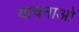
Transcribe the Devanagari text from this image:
याचनाओं